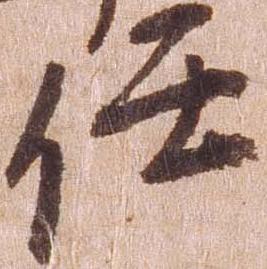
任